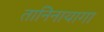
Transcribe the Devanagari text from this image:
तानिनायागा